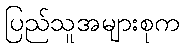
ပြည်သူအများစုက